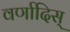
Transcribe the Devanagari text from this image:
वर्णादिस्‌